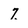
Character: 7